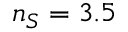
n _ { S } = 3 . 5